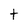
Character: t